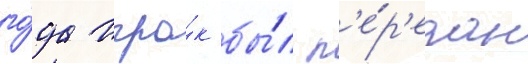
го́да игро́к бы́л п'е́р'едан